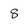
Character: 8